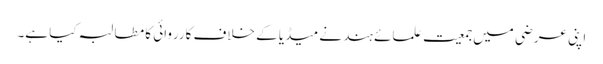
اپنی عرضی میں جمعیت علمائے ہند نے میڈیا کے خلاف کارروائی کا مطالبہ کیا ہے۔